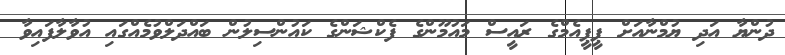
ދުންޔާ އަދި ޔުމްނާއަށް ޕީޕީއެމްގެ ރައީސް މައުމޫންގެ ފެކްޝަންގެ ކައުންސިލުން ބައްދަލްވުމެއްގައި އުވާލާފައިވާ